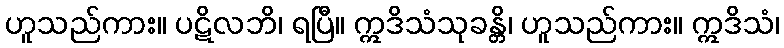
ဟူသည်ကား။ ပဋိလဘိ၊ ရပြီ။ ဣဒိသံသုခန္တိ၊ ဟူသည်ကား။ ဣဒိသံ၊